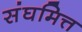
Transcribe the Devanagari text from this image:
संघमित्त